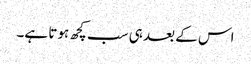
اس کے بعد ہی سب کچھ ہوتا ہے۔